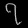
Digit: ၇